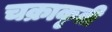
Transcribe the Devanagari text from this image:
चक्राकृती